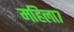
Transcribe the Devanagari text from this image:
महिला७